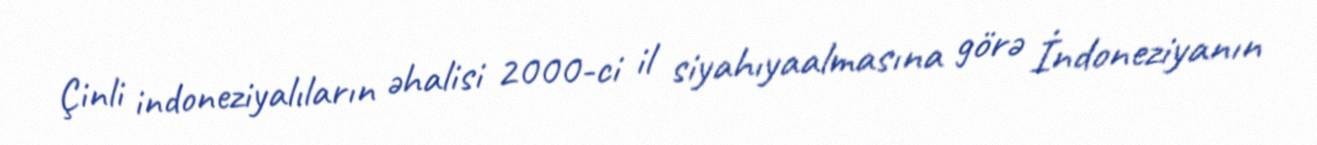
Çinli indoneziyalıların əhalisi 2000-ci il siyahıyaalmasına görə İndoneziyanın